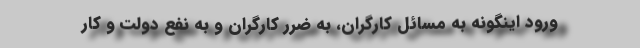
ورود اینگونه به مسائل کارگران، به ضرر کارگران و به نفع دولت و کار